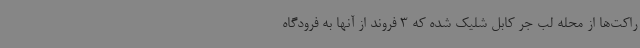
راکت‌ها از محله لب جر کابل شلیک شده که 3 فروند از آنها به فرودگاه